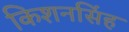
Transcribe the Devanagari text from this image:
किशनसिंह